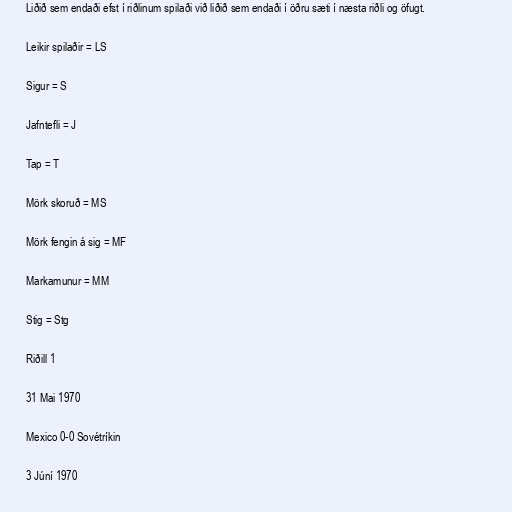
Liðið sem endaði efst í riðlinum spilaði við liðið sem endaði í öðru sæti í næsta riðli og öfugt.

Leikir spilaðir = LS

Sigur = S

Jafntefli = J

Tap = T

Mörk skoruð = MS

Mörk fengin á sig = MF

Markamunur = MM

Stig = Stg

Riðill 1

31 Mai 1970

Mexico 0-0 Sovétríkin

3 Júní 1970